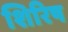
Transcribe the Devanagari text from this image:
शिरिष